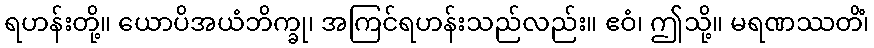
ရဟန်းတို့။ ယောပိအယံဘိက္ခု၊ အကြင်ရဟန်းသည်လည်း။ ဧဝံ၊ ဤသို့။ မရဏဿတိံ၊